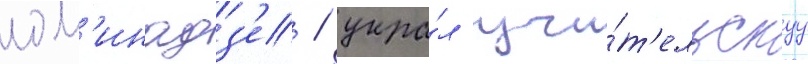
лом'инадз'е / укра́л учи́т'ельскуу